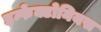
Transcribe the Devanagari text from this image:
इन्फेक्टोनियस